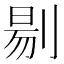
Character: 𭃶